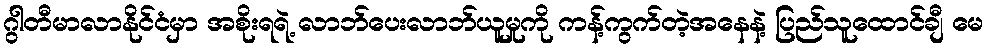
ဂွါတီမာလာနိုင်ငံမှာ အစိုးရရဲ့ လာဘ်ပေးလာဘ်ယူမှုကို ကန့်ကွက်တဲ့အနေနဲ့ ပြည်သူထောင်ချီ မေ